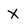
Character: X